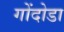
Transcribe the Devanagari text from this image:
गोंदोडा